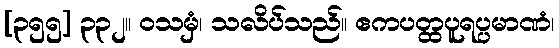
[၃၅၅] ၃၃၂။ ဝသမှံ၊ သလိပ်သည်။ ဧကပတ္ထပူရပ္ပမာဏံ၊